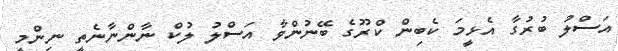
އަސްލު ބުރުގާ އެޅީމަ ކެބިން ކްރޫގެ ބޭނުންވާ އަސްލު ލުކް ނާންނާނެތީ ނިންމީ